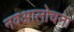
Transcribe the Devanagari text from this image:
नवआलोचना